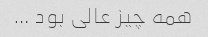
همه چیز عالی بود …